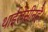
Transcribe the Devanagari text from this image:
थाईलेसीनहै।